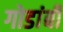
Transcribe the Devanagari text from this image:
गोडांबी